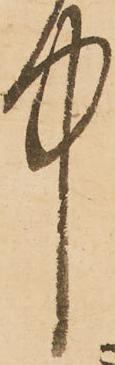
中